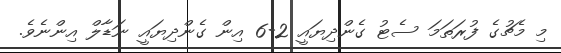
މި މެޗުގެ ފުރަތަމަ ސެޓު ގެންދިޔައީ 2-6 އިން ގެންދިޔައީ ނަޑާލް އިންނެވެ.